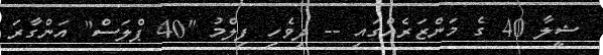
ޝީލާ 40 ގެ މަންޒަރެއްގައި -- ދިވެހި ފިލްމު "40 ޕްލަސް" އަންގާރަ